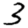
Digit: 3